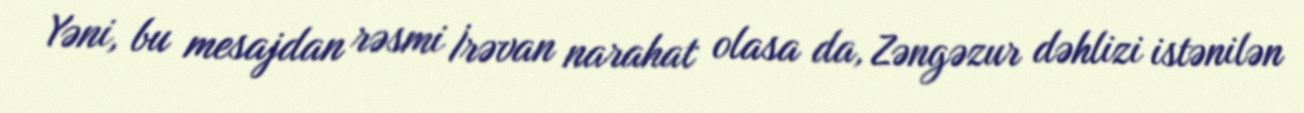
Yəni, bu mesajdan rəsmi İrəvan narahat olasa da, Zəngəzur dəhlizi istənilən